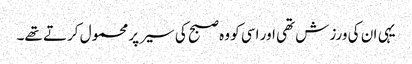
یہی ان کی ورزش تھی اور اسی کو وہ صبح کی سیر پر محمول کرتے تھے۔